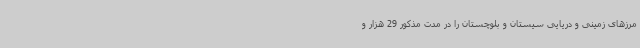
مرزهای زمینی و دریایی سیستان و بلوچستان را در مدت مذکور 29 هزار و